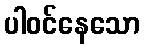
ပါဝင်နေသော